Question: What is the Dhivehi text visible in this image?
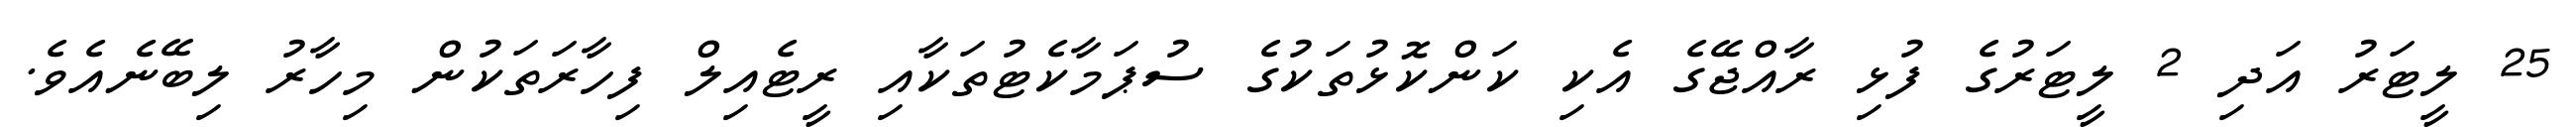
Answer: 25 ލީޓަރު އަދި 2 ލީޓަރުގެ ފުޅި ރާއްޖޭގެ އެކި ކަންކޮޅުތަކުގެ ސުޕަމާކެޓުތަކާއި ރީޓެއިލް ފިހާރަތަކުން މިހާރު ލިބޭނެއެވެ.